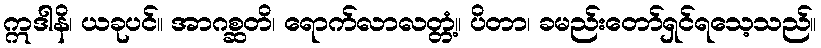
ဣဒါနိ၊ ယခုပင်။ အာဂစ္ဆတိ၊ ရောက်လာလတ္တံ့။ ပိတာ၊ ခမည်းတော်ရှင်ရသေ့သည်။